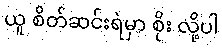
ယူ စိတ်ဆင်းရဲမှာ စိုး လို့ပါ